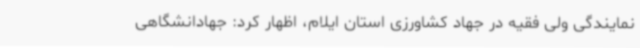
نمایندگی ولی فقیه در جهاد کشاورزی استان ایلام، اظهار کرد: جهادانشگاهی